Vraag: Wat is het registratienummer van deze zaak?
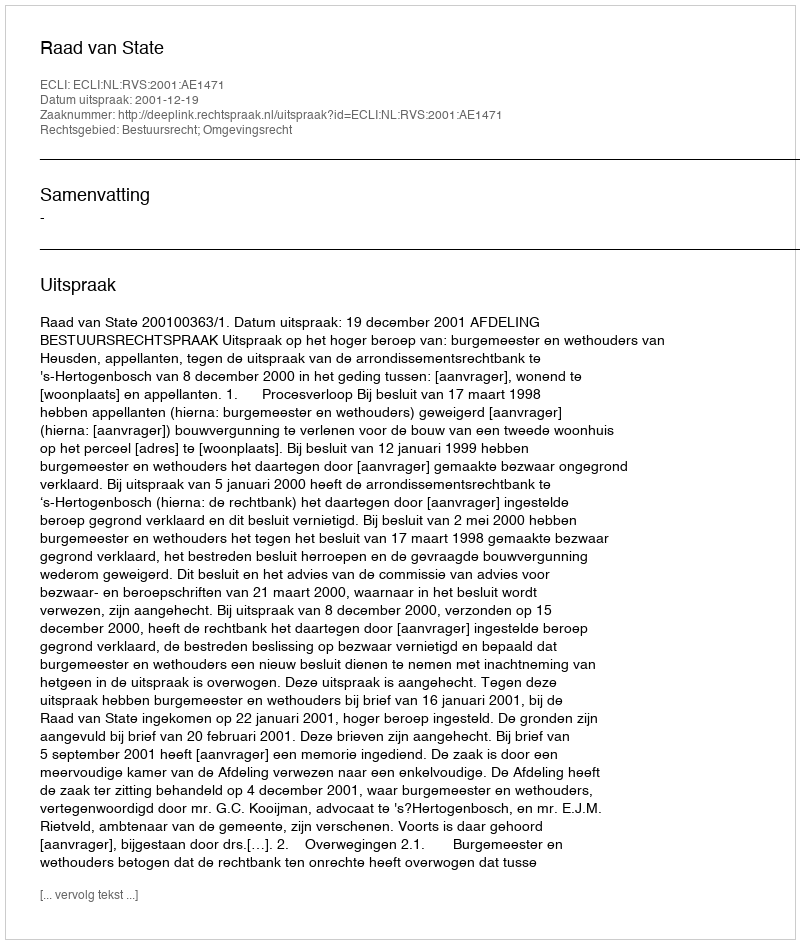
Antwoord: http://deeplink.rechtspraak.nl/uitspraak?id=ECLI:NL:RVS:2001:AE1471